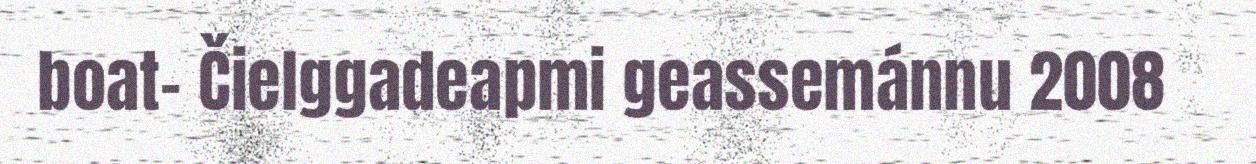
boat- Čielggadeapmi geassemánnu 2008